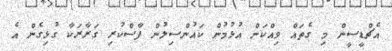
އެޗްޑީސީން މި ގެތައް ވިއްކަން އުޅުމުން ކައުންސިލުން ފާސްކުރި ގަރާރަކާ ގުޅިގެން އެ